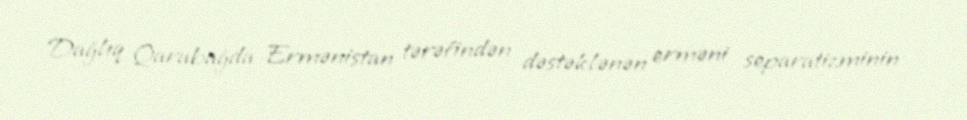
Dağlıq Qarabağda Ermənistan tərəfindən dəstəklənən erməni separatizminin